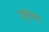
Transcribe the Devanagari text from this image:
युक्ताप्य